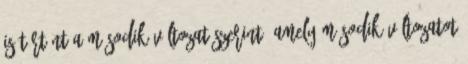
is történt a második változat szerint, amely második változatot